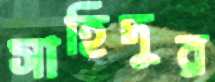
সাহিদুর